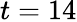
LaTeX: t=14